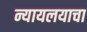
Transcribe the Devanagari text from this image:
न्यायलयाचा